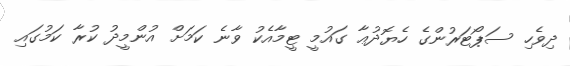
ދިވެހި ސަޕޯޓަރުންގެ ހެޔޮދުޢާ ގައުމީ ޓީމާއެކު ވާނެ ކަމަށް އުންމީދު ކުރާ ކަމުގައި